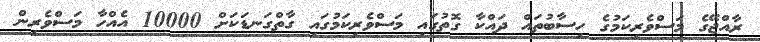
ރާއްޖޭގެ މަސްވެރިކަމުގެ ހިސާބުތައް ދައްކާ ގޮތުގައި މަސްވެރިކަމުގައި ގާތްގަނޑަކަށް 10000 އެއްހާ މަސްވެރިން